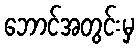
ဘောင်အတွင်းမှ